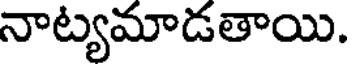
నాట్యమాడతాయి.